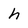
Character: h